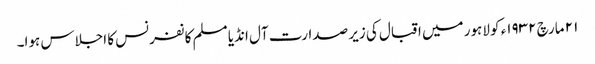
٢١ مارچ ١٩٣٢ء کو لاہور میں اقبال کی زیر صدارت آل انڈیا مسلم کانفرنس کا اجلاس ہوا۔